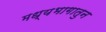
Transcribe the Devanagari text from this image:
मध्यभागातुन